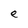
Character: e